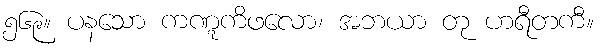
၅၆၉။ ပနသော ကဏ္ဋကိဖလော၊ အဘယာ တု ဟရီတကီ။